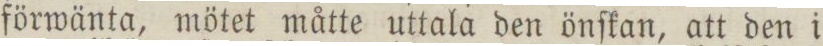
förwänta, mötet måtte uttala den önſkan, att den i